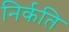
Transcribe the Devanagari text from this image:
निर्कति